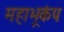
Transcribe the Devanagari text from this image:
महाभूकंप